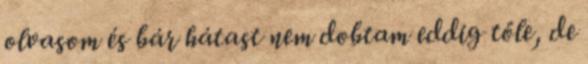
olvasom és bár hátast nem dobtam eddig tőle, de